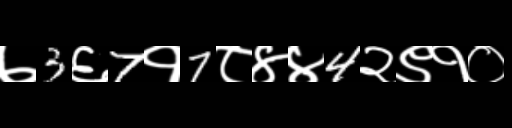
Text: ७3६7१7८४४4२९१०